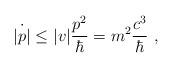
LaTeX: \begin{align*} \dot{|p|} \le |v|\frac {p^2}{\hbar} = m^2 \frac {c^3}{\hbar}~,\end{align*}